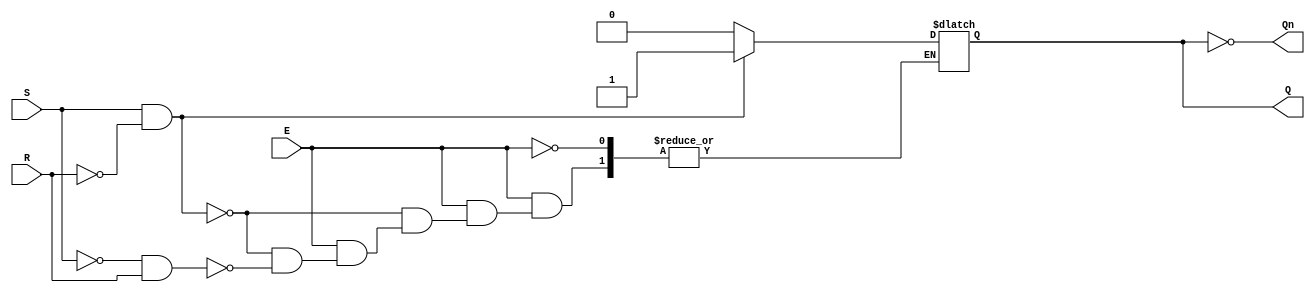
module gated_sr_latch (
    input wire S,      // Set input
    input wire R,      // Reset input
    input wire E,      // Enable input
    output reg Q,      // Output Q
    output wire Qn     // Complementary output Q
);

    assign Qn = ~Q; // Complement of Q

    always @(*) begin
        if (E) begin
            if (S && ~R) begin
                Q = 1; // Set state
            end else if (~S && R) begin
                Q = 0; // Reset state
            end else if (~S && ~R) begin
                // Maintain current state
                // No change to Q
            end else if (S && R) begin
                // Invalid state, can be handled as needed
                // For now, we will leave Q unchanged
            end
        end
        // If E is low, Q retains its value (no change)
    end

endmodule